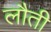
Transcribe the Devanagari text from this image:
लौती